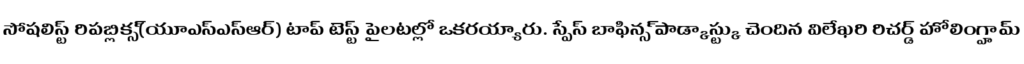
సోషలిస్ట్ రిపబ్లిక్స్(యూఎస్ఎస్ఆర్) టాప్ టెస్ట్ పైలట్లలో ఒకరయ్యారు. స్పేస్ బాఫిన్స్ పాడ్కాస్ట్కు చెందిన విలేఖరి రిచర్డ్ హోలింగ్హామ్